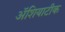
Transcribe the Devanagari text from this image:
ॲशियाटीक